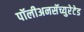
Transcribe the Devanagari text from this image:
पॉलीअनसॅच्युरेटेड